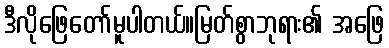
ဒီလိုဖြေတော်မူပါတယ်။မြတ်စွာဘုရား၏ အဖြေ